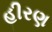
હીરણ